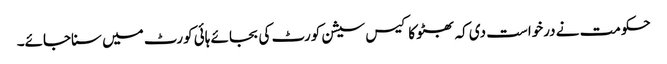
حکومت نے درخواست دی کہ بھٹو کا کیس سیشن کورٹ کی بجائے ہائی کورٹ میں سناجائے۔